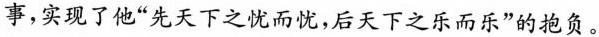
事，实现了他”先天下之忧而忧，后天下之乐而乐”的抱负。